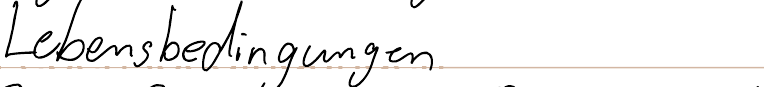
Lebensbedingungen